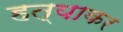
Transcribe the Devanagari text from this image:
हत्याकर